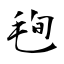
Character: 毥